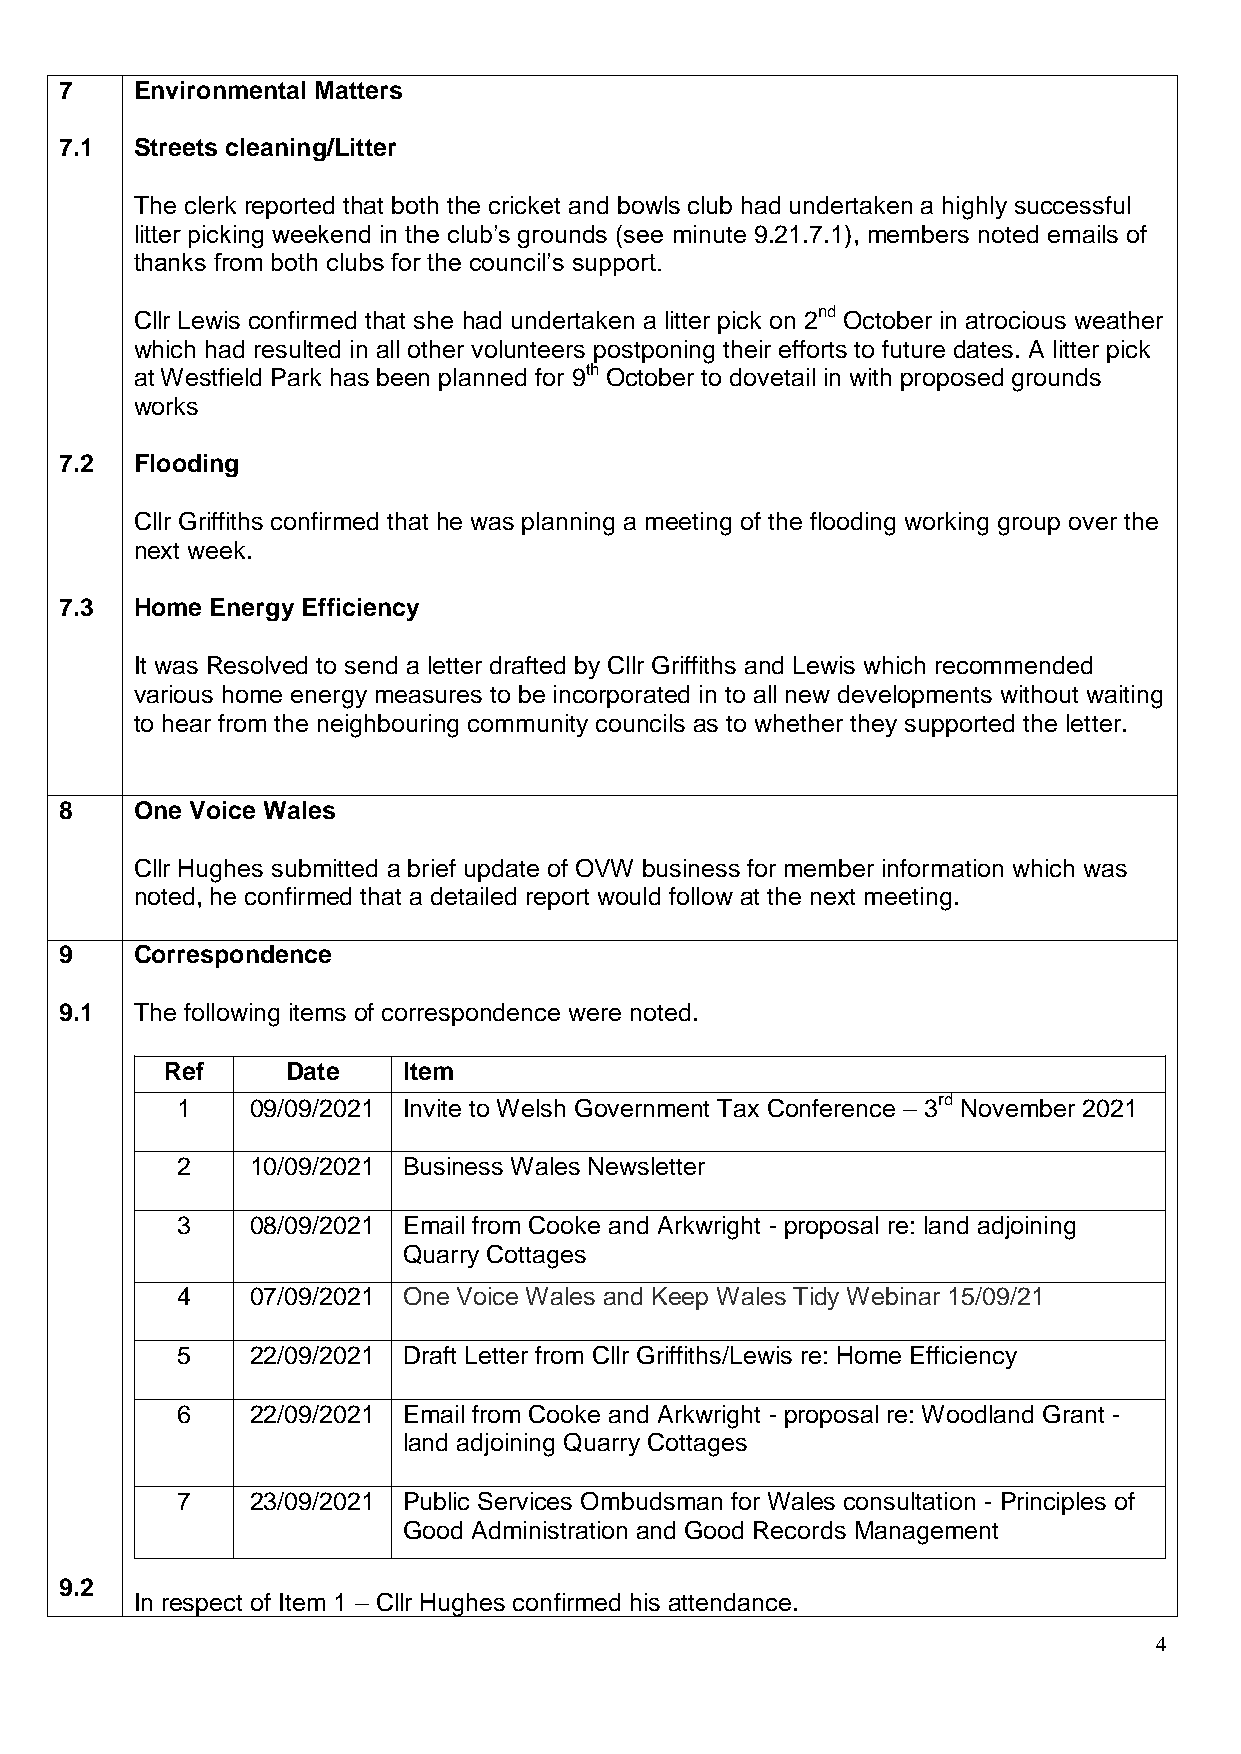
7    Environmental Matters
 7.1  Streets cleaning/Litter
 The clerk reported that both the cricket and bowls club had undertaken a highly successful
 litter picking weekend in the club’s grounds (see minute 9.21.7.1), members noted emails of
 thanks from both clubs for the council’s support.
 Cllr Lewis confirmed that she had undertaken a litter pick on 2nd October in atrocious weather
 which had resulted in all other volunteers postponing their efforts to future dates. A litter pick
 at Westfield Park has been planned for 9th October to dovetail in with proposed grounds
 works
 7.2  Flooding
 Cllr Griffiths confirmed that he was planning a meeting of the flooding working group over the
 next week.
 7.3  Home Energy Efficiency
 It was Resolved to send a letter drafted by Cllr Griffiths and Lewis which recommended
 various home energy measures to be incorporated in to all new developments without waiting
 to hear from the neighbouring community councils as to whether they supported the letter.
 8    One Voice Wales
 Cllr Hughes submitted a brief update of OVW business for member information which was
 noted, he confirmed that a detailed report would follow at the next meeting.
 9    Correspondence
 9.1  The following items of correspondence were noted.
 Ref     Date    Item
 1    09/09/2021 Invite to Welsh Government Tax Conference – 3rd November 2021
 2    10/09/2021 Business Wales Newsletter
 3    08/09/2021 Email from Cooke and Arkwright - proposal re: land adjoining
 Quarry Cottages
 4    07/09/2021 One Voice Wales and Keep Wales Tidy Webinar 15/09/21
 5    22/09/2021 Draft Letter from Cllr Griffiths/Lewis re: Home Efficiency
 6    22/09/2021 Email from Cooke and Arkwright - proposal re: Woodland Grant -
 land adjoining Quarry Cottages
 7    23/09/2021 Public Services Ombudsman for Wales consultation - Principles of
 Good Administration and Good Records Management
 9.2
 In respect of Item 1 – Cllr Hughes confirmed his attendance.
 4